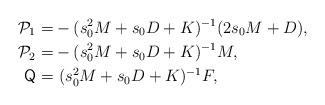
LaTeX: \begin{align*}\mathcal{P}_{1} = & - (s_{0}^{2}M+s_{0}D+K)^{-1}(2s_{0}M+ D), \\\mathcal{P}_{2} = &-(s_{0}^{2}M+s_{0}D+K)^{-1}M, \\\mathsf{Q} = & \ (s_{0}^{2}M+s_{0}D+K)^{-1}F,\end{align*}